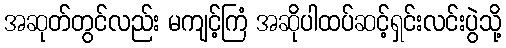
အဆုတ်တွင်လည်း မကျင့်ကြံ အဆိုပါထပ်ဆင့်ရှင်းလင်းပွဲသို့